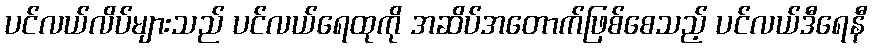
ပင်လယ်လိပ်များသည် ပင်လယ်ရေထုကို အဆိပ်အတောက်ဖြစ်စေသည့် ပင်လယ်ဒီရေနီ